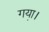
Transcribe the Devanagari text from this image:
गया़।